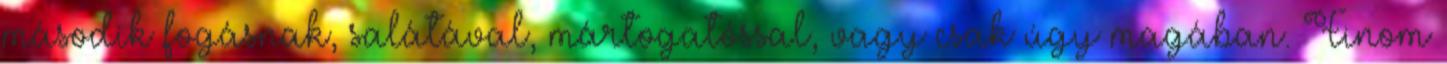
második fogásnak, salátával, mártogatóssal, vagy csak úgy magában. Finom